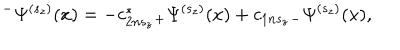
^ { - } \Psi ^ { ( s _ { z } ) } ( x ) = - c _ { 2 n s _ { z } } ^ { * } { } _ { + } \Psi ^ { ( s _ { z } ) } ( x ) + c _ { 1 n s _ { z } } { } _ { - } \Psi ^ { ( s _ { z } ) } ( x ) ,